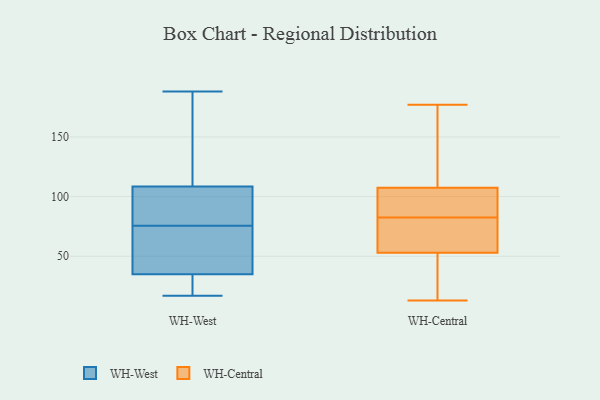
{"axis": {"x": "Latency (ms)", "y": "Value"}, "legend": ["WH-Central", "WH-West"], "data": [{"x": "", "y": 64, "type": "WH-West"}, {"x": "", "y": 92, "type": "WH-West"}, {"x": "", "y": 17, "type": "WH-West"}, {"x": "", "y": 37, "type": "WH-West"}, {"x": "", "y": 98, "type": "WH-West"}, {"x": "", "y": 64, "type": "WH-West"}, {"x": "", "y": 87, "type": "WH-West"}, {"x": "", "y": 28, "type": "WH-West"}, {"x": "", "y": 188, "type": "WH-West"}, {"x": "", "y": 33, "type": "WH-West"}, {"x": "", "y": 125, "type": "WH-West"}, {"x": "", "y": 119, "type": "WH-West"}, {"x": "", "y": 71, "type": "WH-Central"}, {"x": "", "y": 103, "type": "WH-Central"}, {"x": "", "y": 13, "type": "WH-Central"}, {"x": "", "y": 93, "type": "WH-Central"}, {"x": "", "y": 177, "type": "WH-Central"}, {"x": "", "y": 39, "type": "WH-Central"}, {"x": "", "y": 63, "type": "WH-Central"}, {"x": "", "y": 75, "type": "WH-Central"}, {"x": "", "y": 112, "type": "WH-Central"}, {"x": "", "y": 43, "type": "WH-Central"}, {"x": "", "y": 90, "type": "WH-Central"}, {"x": "", "y": 157, "type": "WH-Central"}]}